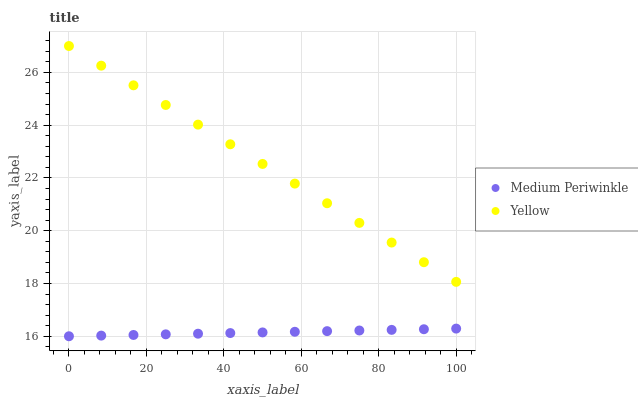
| xaxis_label | Medium Periwinkle | Yellow |
 | --- | --- | --- |
 | 0 | 16 | 27 |
 | 8.33 | 16 | 26.3 |
 | 16.7 | 16 | 25.5 |
 | 25 | 16.1 | 24.8 |
 | 33.3 | 16.1 | 24 |
 | 41.7 | 16.1 | 23.3 |
 | 50 | 16.1 | 22.5 |
 | 58.3 | 16.2 | 21.8 |
 | 66.7 | 16.2 | 21 |
 | 75 | 16.2 | 20.3 |
 | 83.3 | 16.2 | 19.6 |
 | 91.7 | 16.3 | 18.8 |
 | 100 | 16.3 | 18.1 |